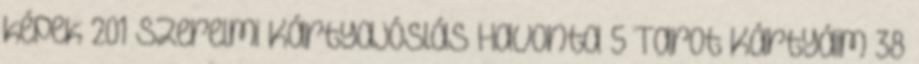
képek 201 Szerelmi Kártyajóslás Havonta 5 Tarot Kártyáim 38